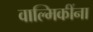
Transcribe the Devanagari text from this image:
वाल्मिकींना